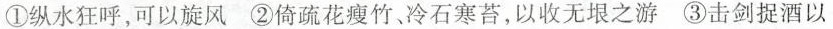
①纵水狂呼，可以旋风 ②倚疏花瘦竹、冷石寒苔，以收无垠之游 ③击剑捉酒以